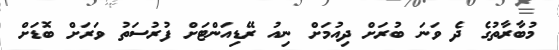
މުބާރާތުގެ ދެ ވަނަ ބުރަށް ދިއުމަށް ނިއު ރޭޑިއަންޓަށް ފުރުސަތު ވަރަށް ބޮޑަށް